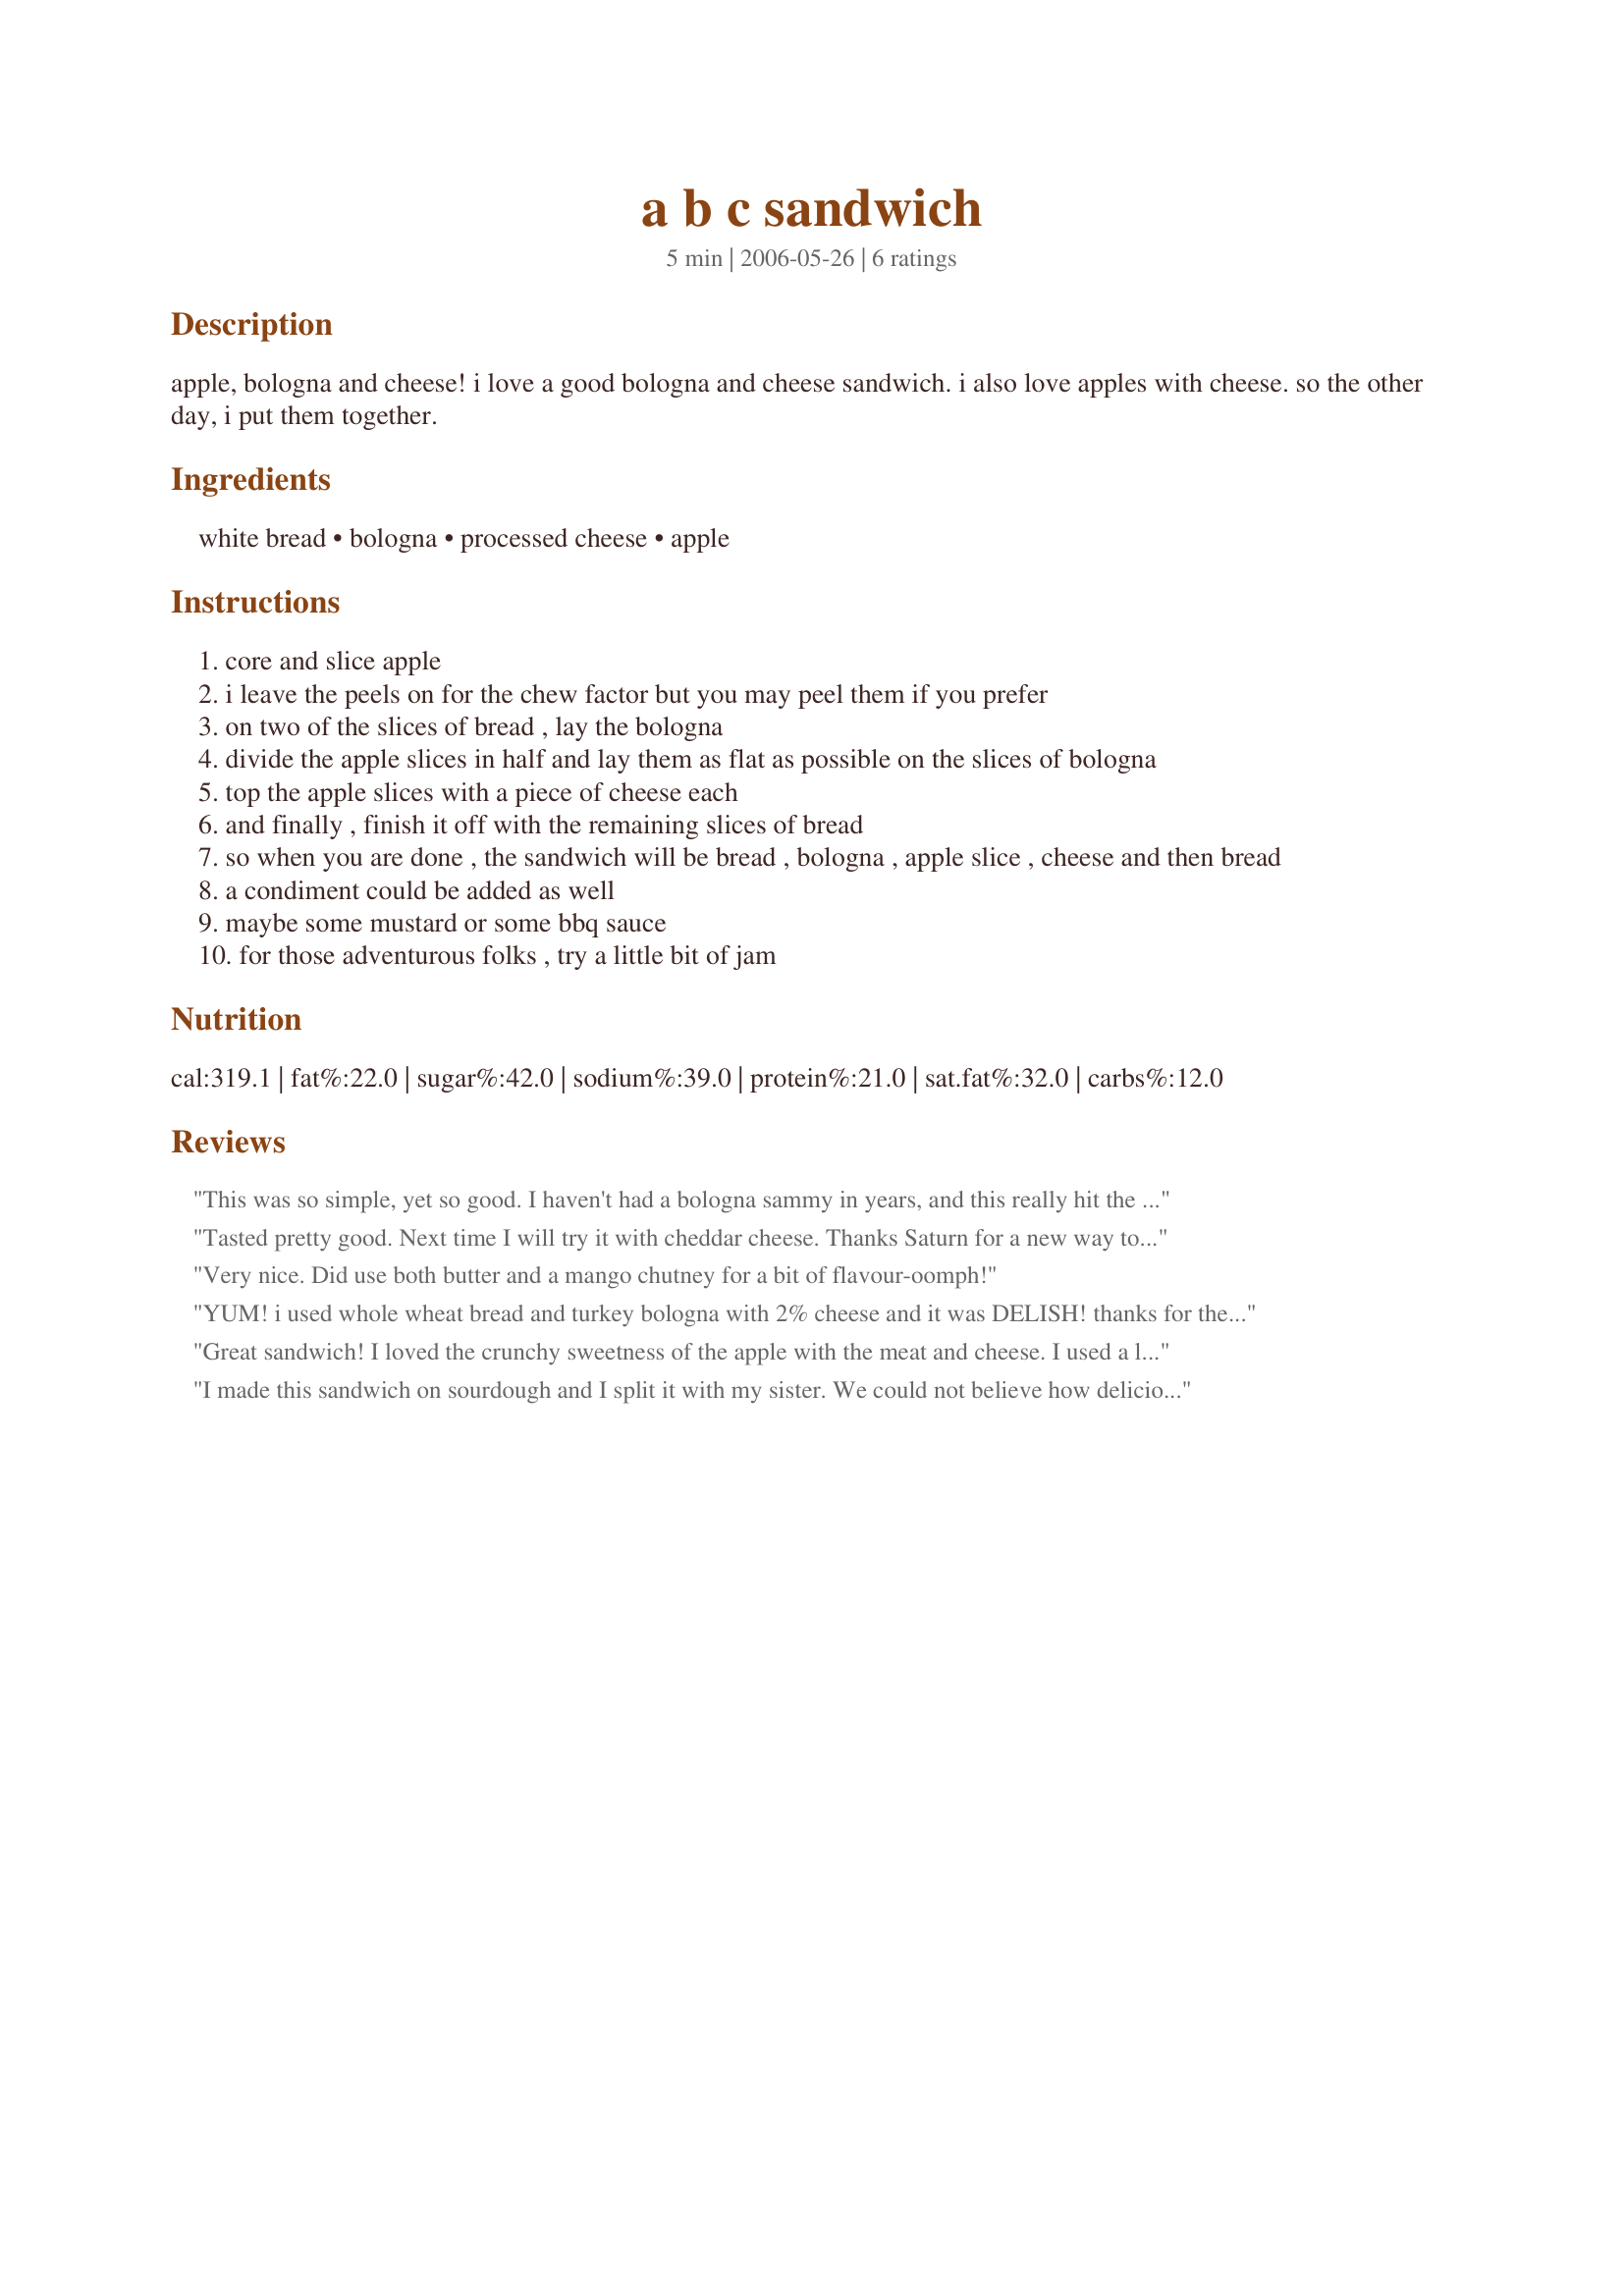
a b c sandwich
Preparation time: 5 minutes

apple, bologna and cheese! i love a good bologna and cheese sandwich. i also love apples with cheese. so the other day, i put them together.

Ingredients:
white bread, bologna, processed cheese, apple

Steps:
core and slice apple
i leave the peels on for the chew factor but you may peel them if you prefer
on two of the slices of bread , lay the bologna
divide the apple slices in half and lay them as flat as possible on the slices of bologna
top the apple slices with a piece of cheese each
and finally , finish it off with the remaining slices of bread
so when you are done , the sandwich will be bread , bologna , apple slice , cheese and then bread
a condiment could be added as well
maybe some mustard or some bbq sauce
for those adventurous folks , try a little bit of jam

Reviews:
This was so simple, yet so good. I haven't had a bologna sammy in years, and this really hit the spot! I too thought the sweet crunchy apple paired nicely with the bologna and cheese. I used only butter on the bread. Delish!

Nick's Mom
Tasted pretty good. Next time I will try it with cheddar cheese. 

Thanks Saturn for a new way to make a bologna sandwich.

Bullwinkle.
Very nice. Did use both butter and a mango chutney for a bit of flavour-oomph!
YUM! i used whole wheat bread and turkey bologna with 2% cheese and it was DELISH! thanks for the idea, i think i will have it agian for dinner!
Great sandwich! I loved the crunchy sweetness of the apple with the meat and cheese. I used a little mayo and mustard for a spread. This is a great kid-pleasing sandwich that is great to pack for lunches, picnics, etc. We took them to the pool today, and we'll eat these again. Thanx for sharing.
I made this sandwich on sourdough and I split it with my sister. We could not believe how delicious this was! Thank you for posting!
